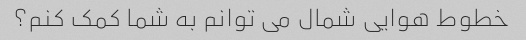
خطوط هوایی شمال می توانم به شما کمک کنم؟